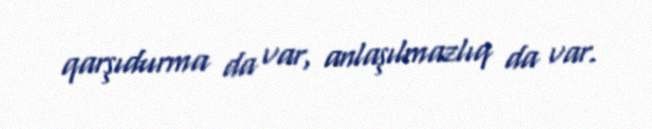
qarşıdurma da var, anlaşılmazlıq da var.